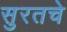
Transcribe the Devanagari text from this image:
सुरतचे